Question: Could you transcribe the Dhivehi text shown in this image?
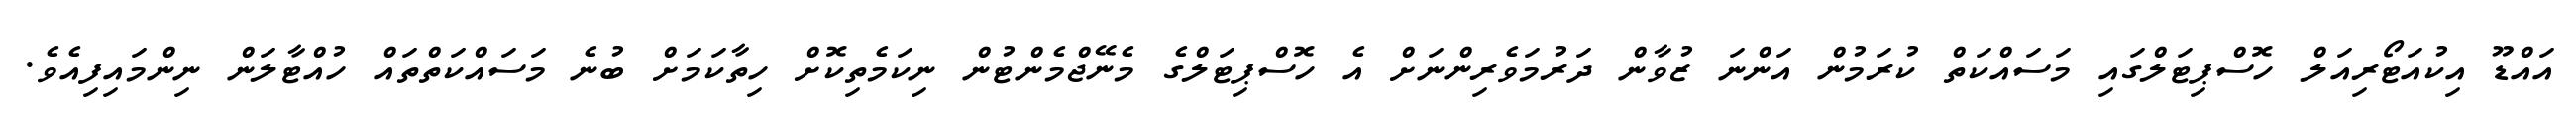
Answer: އައްޑޫ އިކުއަޓޯރިއަލް ހޮސްޕިޓަލްގައި މަސައްކަތް ކުރަމުން އަންނަ ޒުވާން ދަރުމަވެރިންނަށް އެ ހޮސްޕިޓަލްގެ މެނޭޖްމެންޓުން ނިކަމެތިކޮށް ހިތާކަމަށް ބުނެ މަސައްކަތްތައް ހުއްޓާލަން ނިންމައިފިއެވެ.